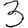
Digit: 3